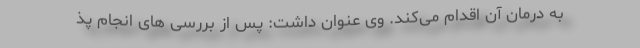
به درمان آن اقدام می‌کند. وی عنوان داشت: پس از بررسی های انجام پذ